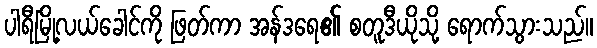
ပါရီမြို့လယ်ခေါင်ကို ဖြတ်ကာ အန်ဒရေ၏ စတူဒီယိုသို့ ရောက်သွားသည်။